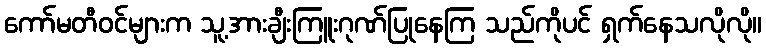
ကော်မတီဝင်များက သူ့အားချီးကြူးဂုဏ်ပြုနေကြ သည်ကိုပင် ရှက်နေသလိုလို။